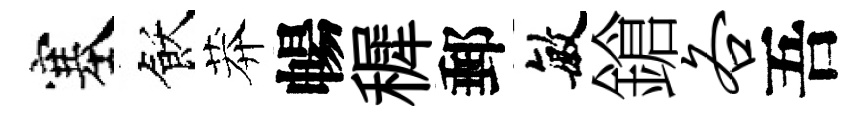
塞飫莽暢穉郵敏鎗各吾